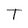
Character: T